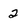
Character: 2